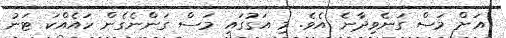
އަށް މަސް ގަނެވިދާނެ އެވެ. މި އަގުގައި މަސް ގަންނެގެން ހައެއްކަ ޓަނު